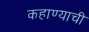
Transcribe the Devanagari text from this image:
कहाण्याची